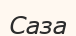
Саза